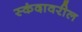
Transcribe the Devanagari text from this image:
स्कंदावरील